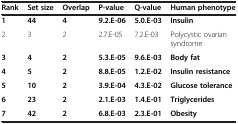
<table><thead><tr><td><b>Rank</b></td><td><b>Set size</b></td><td><b>Overlap</b></td><td><b>P-value</b></td><td><b>Q-value</b></td><td><b>Human phenotype</b></td></tr></thead><tbody><tr><td><b>1</b></td><td><b>44</b></td><td><b>4</b></td><td><b>9.2.E-06</b></td><td><b>5.0.E-03</b></td><td><b>Insulin</b></td></tr><tr><td>2</td><td>3</td><td>2</td><td>2.7.E-05</td><td>7.2.E-03</td><td>Polycystic ovarian syndrome</td></tr><tr><td><b>3</b></td><td><b>4</b></td><td><b>2</b></td><td><b>5.3.E-05</b></td><td><b>9.6.E-03</b></td><td><b>Body fat</b></td></tr><tr><td><b>4</b></td><td><b>5</b></td><td><b>2</b></td><td><b>8.8.E-05</b></td><td><b>1.2.E-02</b></td><td><b>Insulin resistance</b></td></tr><tr><td><b>5</b></td><td><b>10</b></td><td><b>2</b></td><td><b>3.9.E-04</b></td><td><b>4.3.E-02</b></td><td><b>Glucose tolerance</b></td></tr><tr><td><b>6</b></td><td><b>23</b></td><td><b>2</b></td><td><b>2.1.E-03</b></td><td><b>1.4.E-01</b></td><td><b>Triglycerides</b></td></tr><tr><td><b>7</b></td><td><b>42</b></td><td><b>2</b></td><td><b>6.8.E-03</b></td><td><b>2.3.E-01</b></td><td><b>Obesity</b></td></tr></tbody></table>